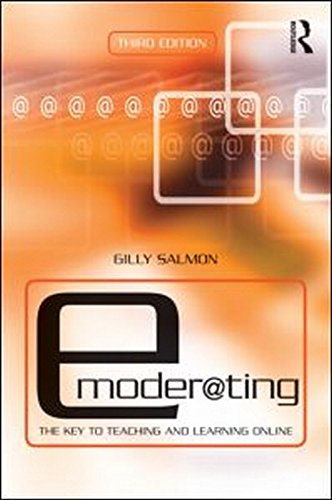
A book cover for E-Moderating: The Key to Online Teaching and Learning; Gilly Salmon; Education & Teaching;